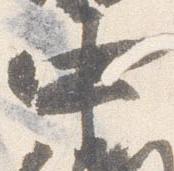
中